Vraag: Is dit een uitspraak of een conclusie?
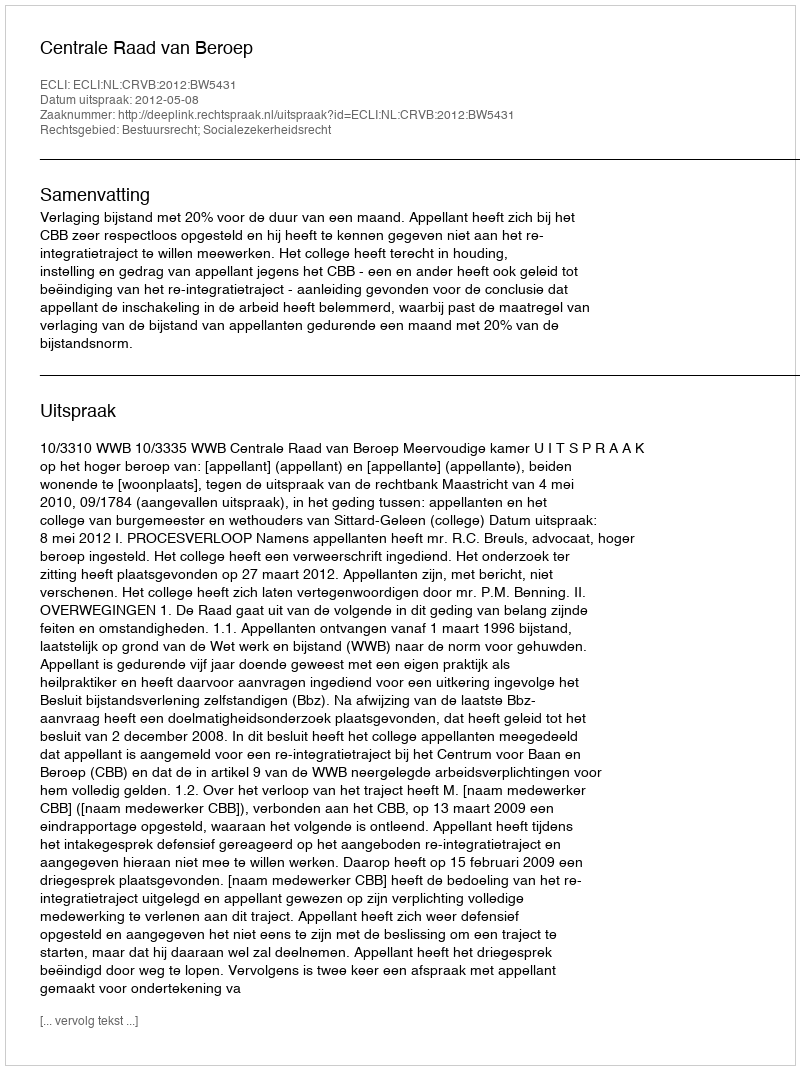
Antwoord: Uitspraak